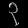
Digit: ၃